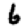
Digit: 6